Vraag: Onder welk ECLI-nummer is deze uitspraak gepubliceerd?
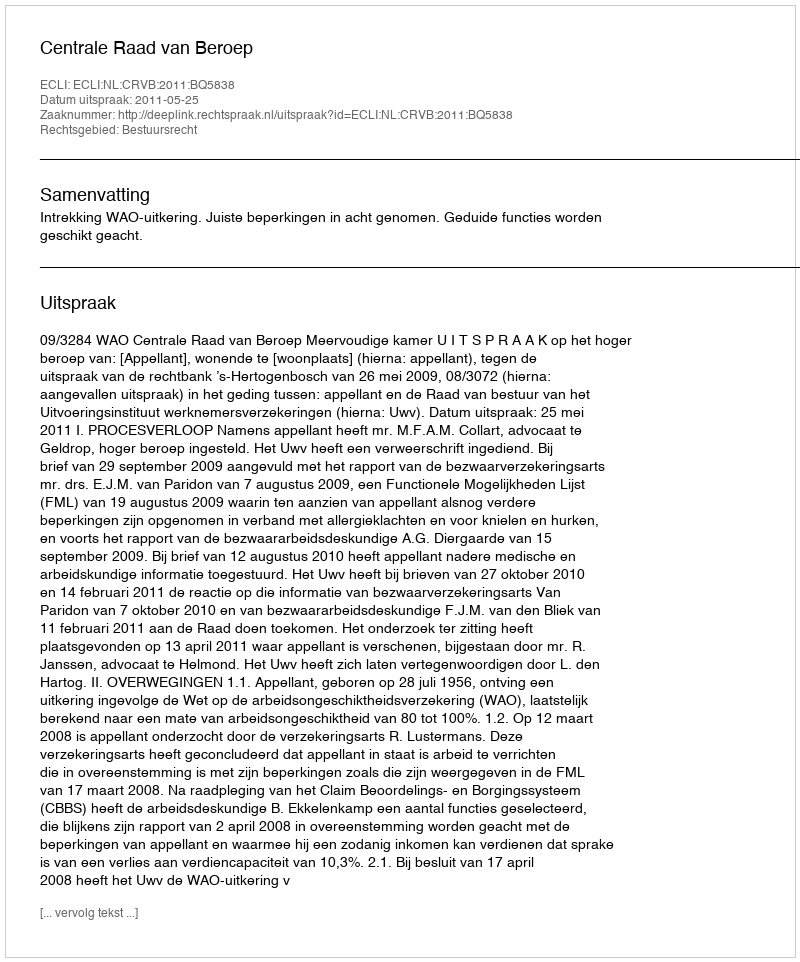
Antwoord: ECLI:NL:CRVB:2011:BQ5838